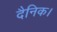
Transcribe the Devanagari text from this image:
दैनिक।